Vaccination in Bombay 1863-1868 - 1863-1868
Year: 1863
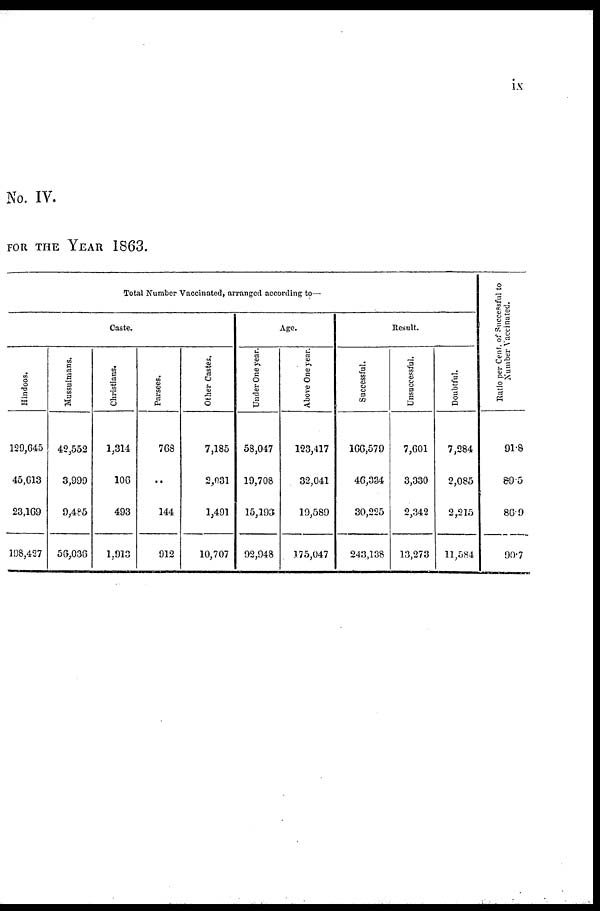
ix
No. IV.
FOR THE YEAR 1863.
Total Number Vaccinated, arranged according to—
Caste.
Hindoos.
129,645
45,613
23,169
198,427
Mussulmans.
42,552
3,999
9,485
56,036
Christians.
1,314
106
493
1,913
Parsees.
768
..
144
912
Other Castes.
7,185
2,031
1,491
10,707
Age.
Under One year.
58,047
19,708
15,193
92,948
Above One year.
123,417
32,041
19,589
175,047
Result.
Successful.
166,579
46,334
30,225
243,138
Unsuccessful.
7,601
3,330
2,342
13,273
Doubtful.
7,284
2,085
2,215
11,584
Ratio per Cent. of Successful to
Number Vaccinated.
91.8
89.5
86.9
90.7